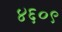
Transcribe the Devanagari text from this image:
४६०९